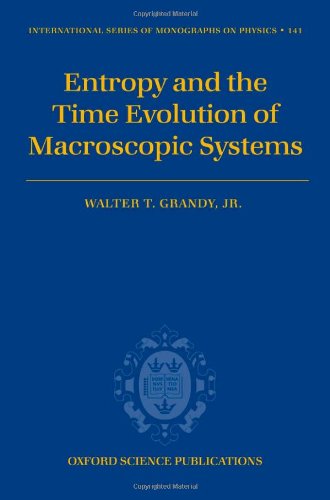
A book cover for Entropy and the Time Evolution of Macroscopic Systems (International Series of Monographs on Physics); Walter T. Grandy  Jr.; Science & Math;